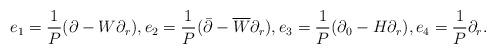
LaTeX: \begin{align*}e_1=\frac{1}{P}(\partial-W{\partial}_r), e_2=\frac{1}{P}(\bar{\partial}-\overline{W}{\partial}_r), e_3=\frac{1}{P}(\partial_0-H {\partial}_r), e_4=\frac{1}{P}{\partial}_r.\end{align*}